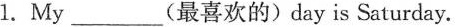
1. My ___ (最喜欢的) day is Saturday.